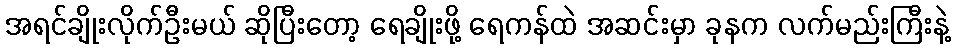
အရင်ချိုးလိုက်ဦးမယ် ဆိုပြီးတော့ ရေချိုးဖို့ ရေကန်ထဲ အဆင်းမှာ ခုနက လက်မည်းကြီးနဲ့